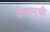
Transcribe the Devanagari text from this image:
यागामुची